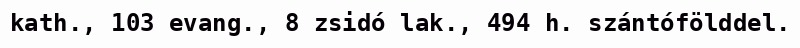
kath., 103 evang., 8 zsidó lak., 494 h. szántófölddel.